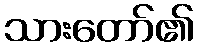
သားတော်၏